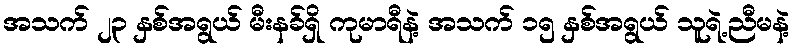
အသက် ၂၃ နှစ်အရွယ် မီးနခ်ရှိ ကုမာရီနဲ့ အသက် ၁၅ နှစ်အရွယ် သူရဲ့ညီမနဲ့